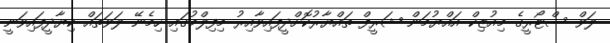
ލަވް ސްޓޯރީގެ މިއުޒިކް އައްޔުމަން ޝަރީފް ތައްޔާރުކޮށްދީފައިވާއިރު މިފިލްމުގައި ހިމެނޭ ލަވަތައް ކިޔާދީފައިވަނީ